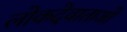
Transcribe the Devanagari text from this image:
लोकदेवाताओं